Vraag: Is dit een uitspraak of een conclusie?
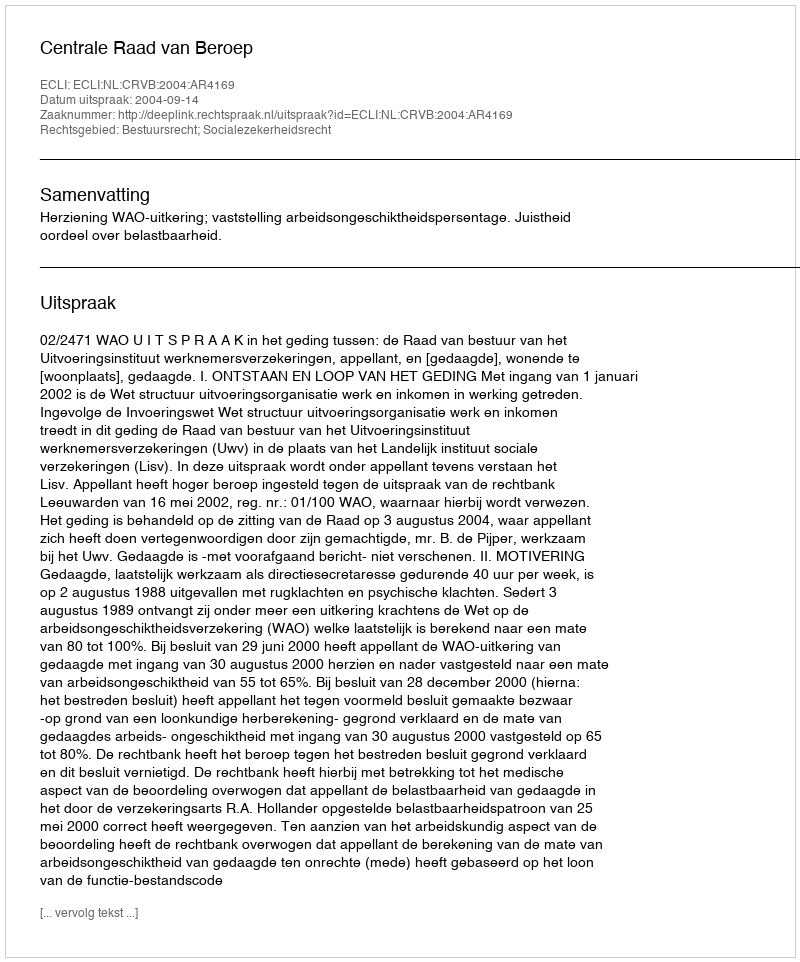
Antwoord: Uitspraak